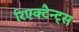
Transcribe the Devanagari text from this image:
रिएक्टैन्ट्स